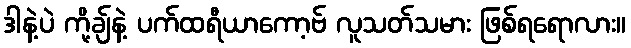
ဒါနဲ့ပဲ ကို့ချ်နဲ့ ပက်ထရီယာကော့ဗ် လူသတ်သမား ဖြစ်ရရောလား။